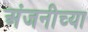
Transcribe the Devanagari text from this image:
अंजनीच्या